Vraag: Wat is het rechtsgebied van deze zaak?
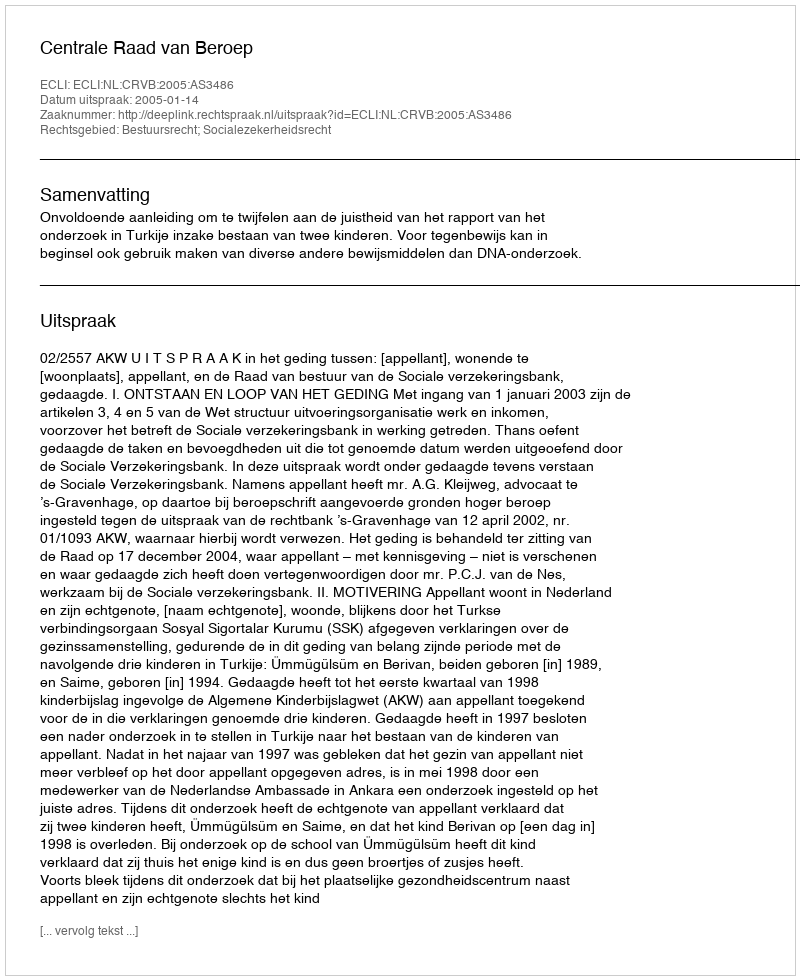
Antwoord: Bestuursrecht; Socialezekerheidsrecht